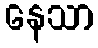
နေသာ